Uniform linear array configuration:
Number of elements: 48
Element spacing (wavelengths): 0.75
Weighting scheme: exponential
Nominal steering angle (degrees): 0
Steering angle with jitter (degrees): -1.54
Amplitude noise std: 0.05
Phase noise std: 0.05

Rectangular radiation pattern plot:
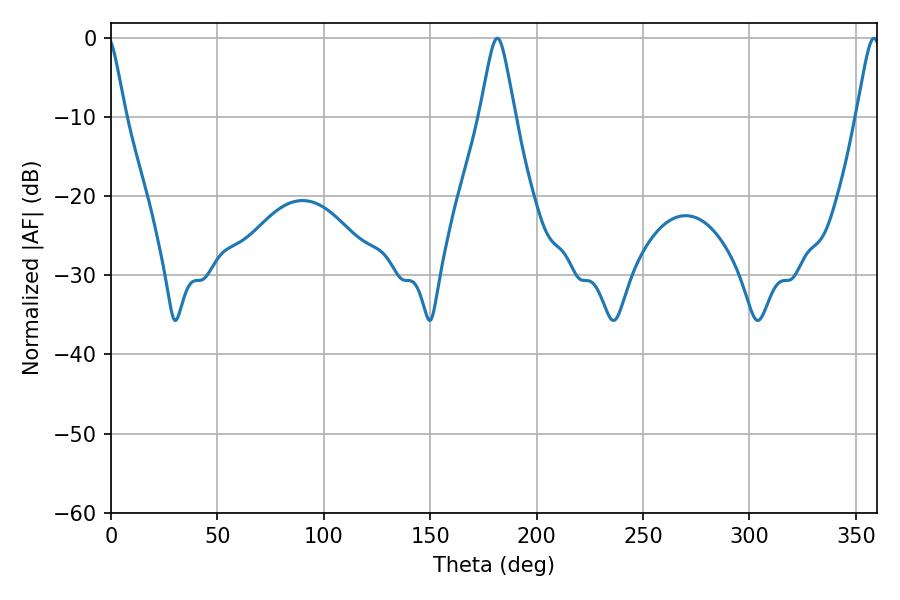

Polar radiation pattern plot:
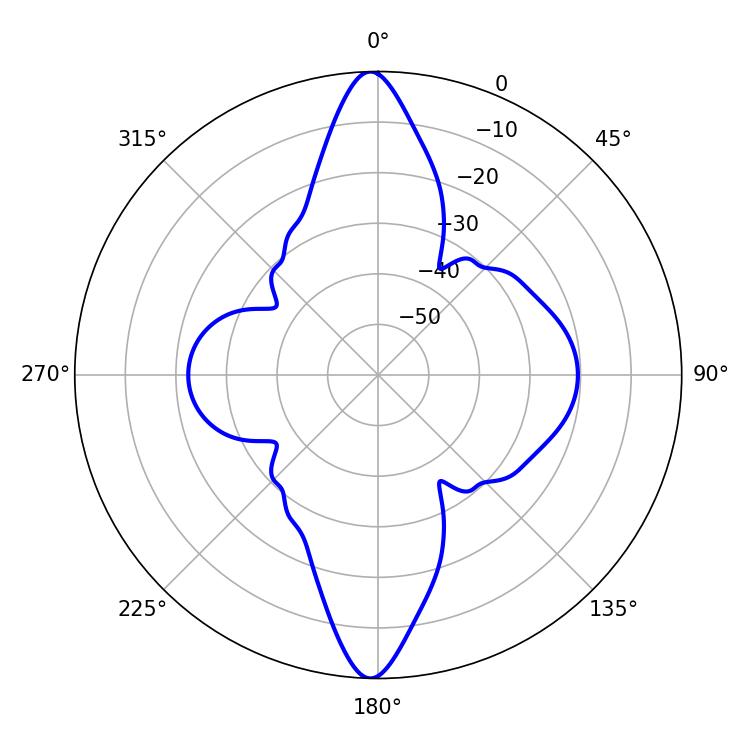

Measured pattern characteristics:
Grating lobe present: TRUE
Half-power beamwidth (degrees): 7.74
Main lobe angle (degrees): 181.44